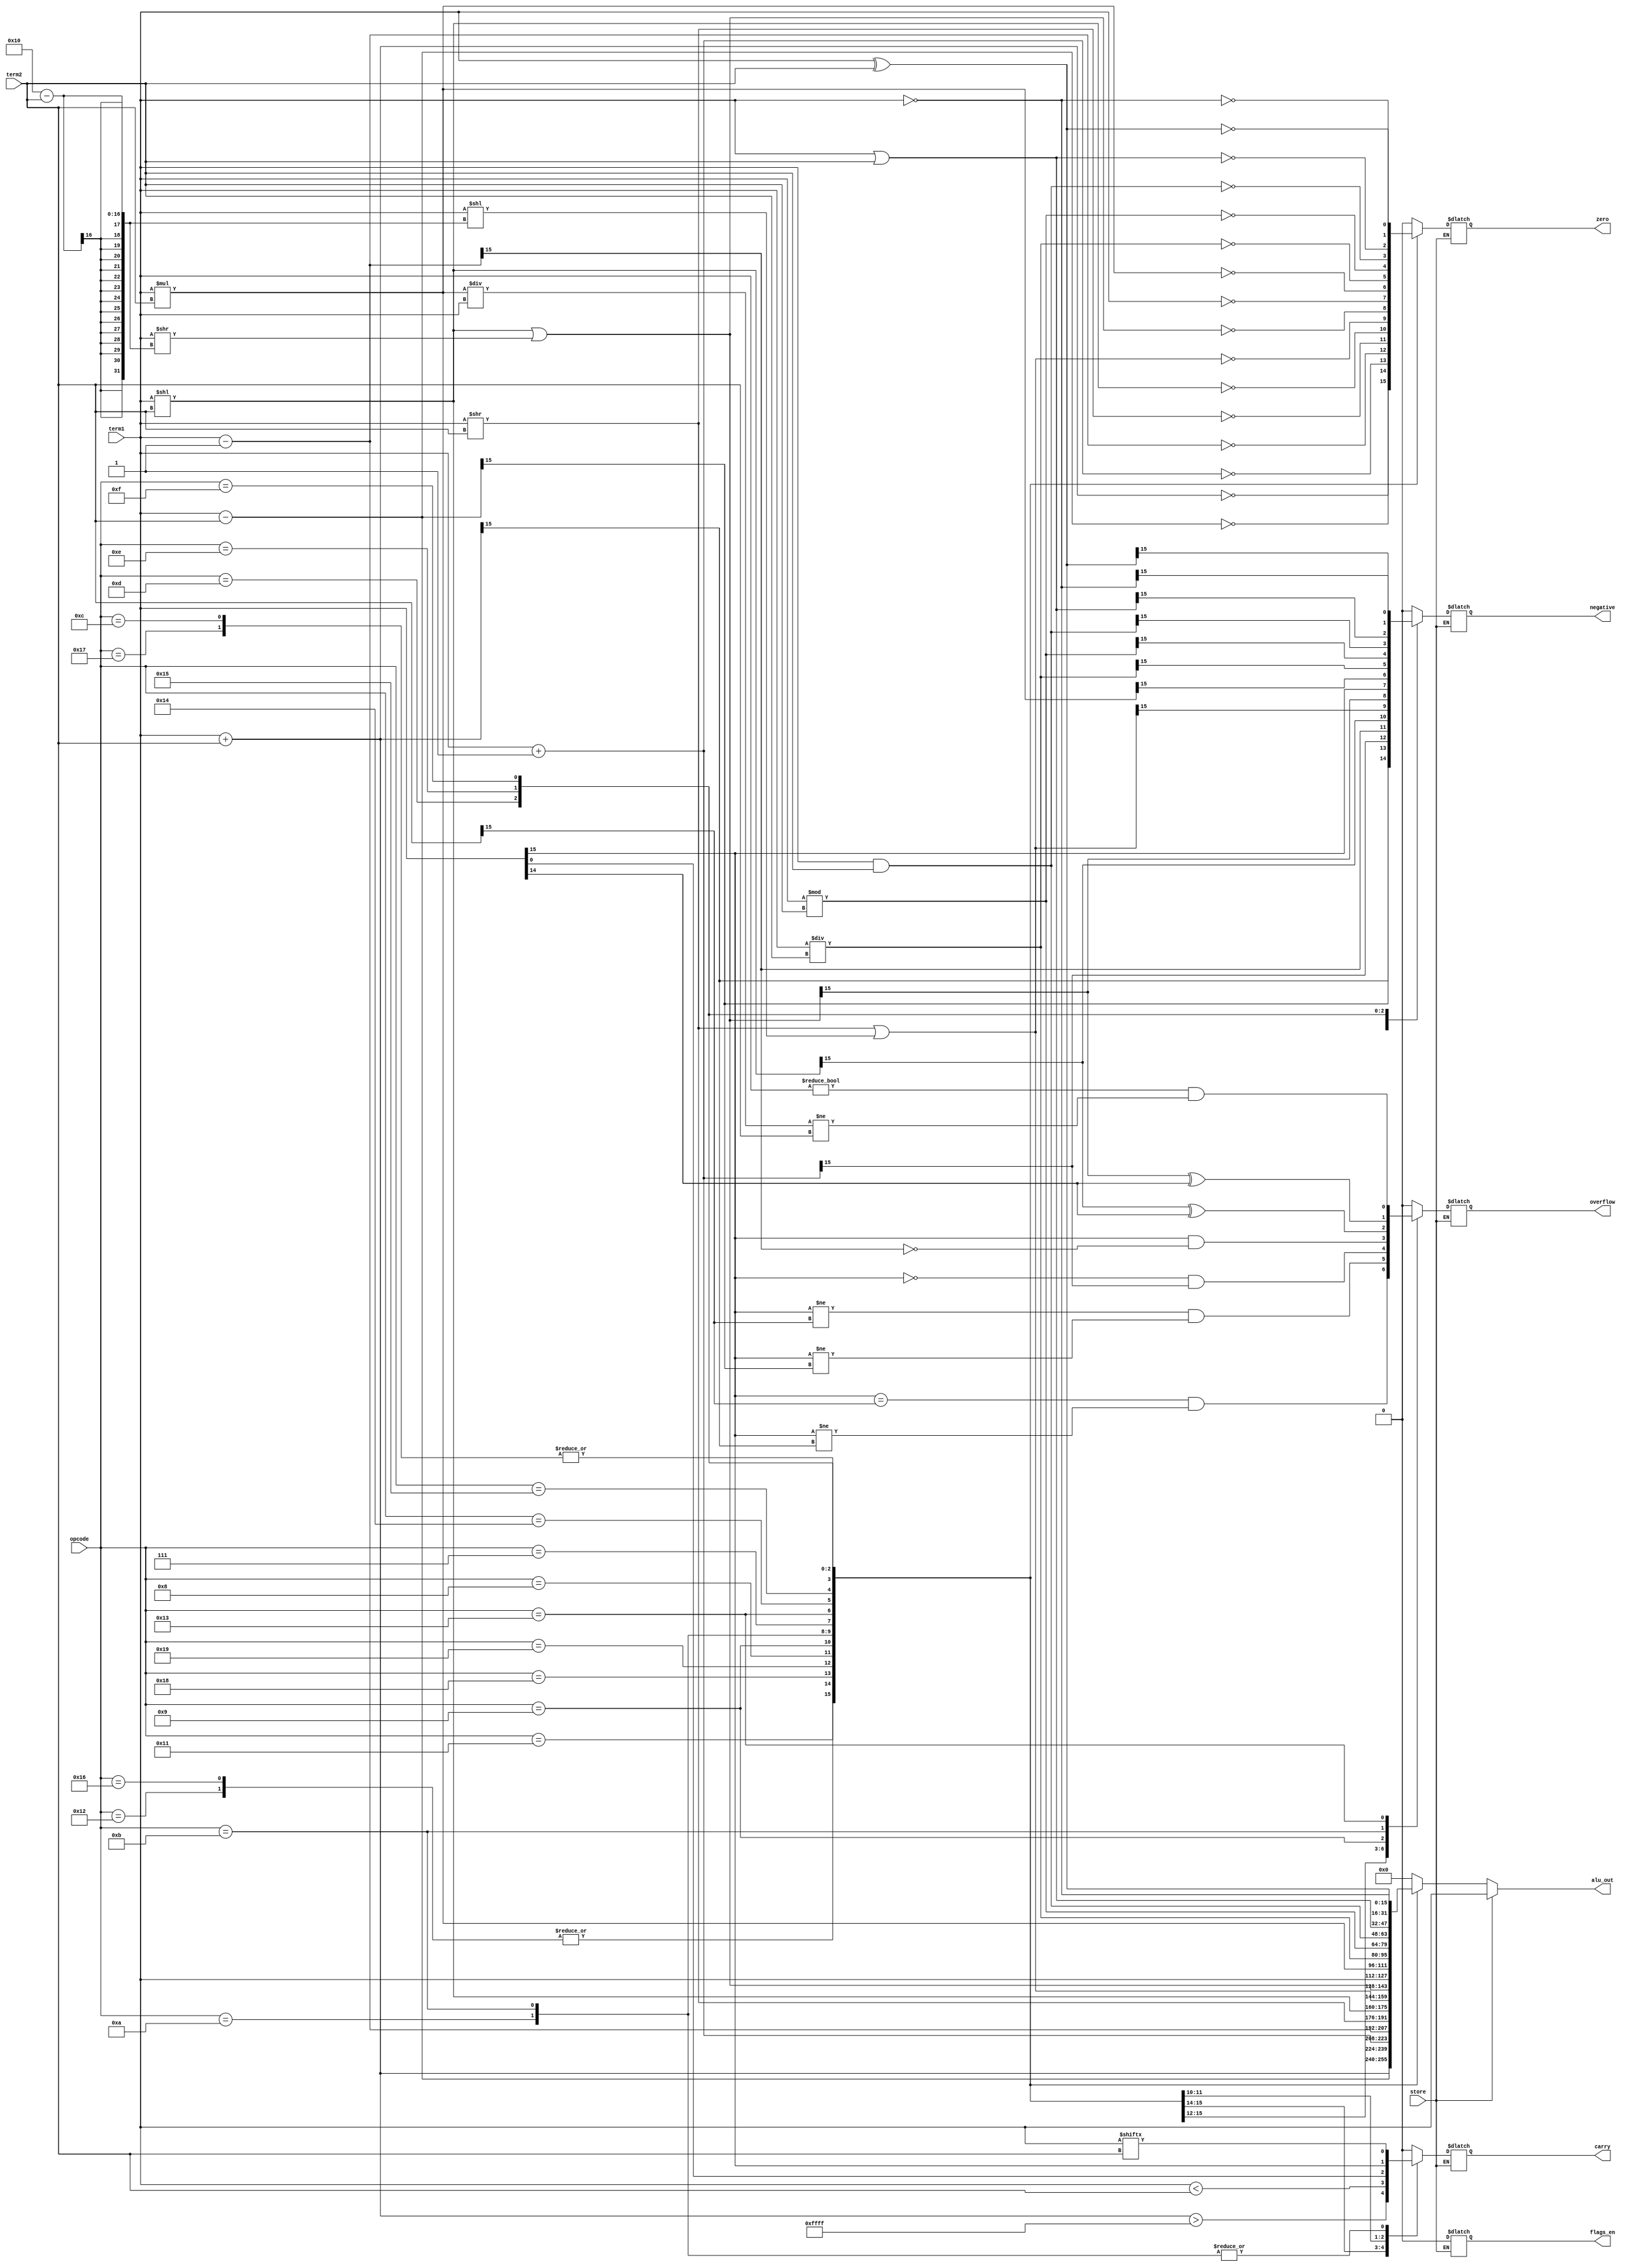
module ALU(
    input store,
    input [15:0] term1, term2,
    input [5:0] opcode,
    output reg [15:0] alu_out,
    output reg zero, negative, overflow, carry, flags_en
);

always @(*) begin
    if (store) alu_out = term1;
    else begin
        flags_en = 1'b1;
    case (opcode)
        6'b010001: begin // ADD
            alu_out = term1 + term2;
            zero = (alu_out == 0);
            negative = alu_out[15];
            overflow = (term1[15] == term2[15]) && (term1[15] != alu_out[15]);
            carry = (term1 + term2) > 16'hFFFF;
        end
        6'b010010: begin // SUB
            alu_out = term1 - term2;
            zero = (alu_out == 0);
            negative = alu_out[15];
            overflow = (term1[15] != term2[15]) && (term1[15] != alu_out[15]);
            carry = term1 < term2;
        end
        6'b010110: begin // CMP
            alu_out = term1 - term2; // basically SUB but doesn't store result
            zero = (alu_out == 0);
            negative = alu_out[15];
            overflow = (term1[15] != term2[15]) && (term1[15] != alu_out[15]);
            carry = term1 < term2;
        end
        6'b010111: begin // TST
            alu_out = term1 & term2; // tests using bitwise AND
            zero = (alu_out == 0);
            negative = 1'b0;
            overflow = 1'b0;
            carry = 1'b0;
        end
        6'b011000: begin // INC
            alu_out = term1 + 1;
            zero = (alu_out == 0);
            negative = alu_out[15];
            overflow = (term1[15] == 1'b0) && (alu_out[15] == 1'b1);
            carry = 1'b0;
        end
        6'b011001: begin // DEC
            alu_out = term1 - 1;
            zero = (alu_out == 0);
            negative = alu_out[15];
            overflow = (term1[15] == 1'b1) && (alu_out[15] == 1'b0);
            carry = 1'b0;
        end
        6'b001000: begin // LSR
            alu_out = term1 >> term2;
            zero = (alu_out == 0);
            negative = 1'b0;
            overflow = 1'b0;
            carry = term1[0];
        end
        6'b001001: begin // LSL
            alu_out = term1 << term2;
            zero = (alu_out == 0);
            negative = alu_out[15];
            overflow = alu_out[15] ^ term1[14];
            carry = term1[15];
        end
        6'b001010: begin // RSR
            alu_out = term1 >> term2 | term1 << (16-term2);
            zero = (alu_out == 0);
            negative = alu_out[15];
            overflow = 1'b0;
            carry = term1[term2];
        end
        6'b001011: begin // RSL
            alu_out = term1 << term2 | term1 >> (16-term2);
            zero = (alu_out == 0);
            negative = alu_out[15];
            overflow = alu_out[15] ^ term1[14];
            carry = term1[term2];
        end
        6'b000111: begin // MOV
            alu_out = term1;
            zero = (alu_out == 0);
            negative = alu_out[15];
            overflow = 1'b0;
            carry = 1'b0;
        end
        6'b010011: begin // MUL
            alu_out = term1 * term2;
            zero = (alu_out == 0);
            negative = alu_out[15];
            overflow = term1!=0 && alu_out/term1 != term2;
            carry = 1'b0;
        end
        6'b010100: begin // DIV
            alu_out = term1 / term2;
            zero = (alu_out == 0);
            negative = alu_out[15];
            overflow = 1'b0;
            carry = 1'b0;
        end
        6'b010101: begin // MOD
            alu_out = term1 % term2;
            zero = (alu_out == 0);
            negative = alu_out[15];
            overflow = 1'b0;
            carry = 1'b0;
        end
        6'b001100: begin // AND
            alu_out = term1 & term2;
            zero = (alu_out == 0);
            negative = alu_out[15];
            overflow = 1'b0;
            carry = 1'b0;
        end
        6'b001101: begin // OR
            alu_out = term1 | term2;
            zero = (alu_out == 0);
            negative = alu_out[15];
            overflow = 1'b0;
            carry = 1'b0;
        end
        6'b001110: begin // XOR
            alu_out = term1 ^ term2;
            zero = (alu_out == 0);
            negative = alu_out[15];
            overflow = 1'b0;
            carry = 1'b0;
        end
        6'b001111: begin // NOT
            alu_out = ~term1;
            zero = (alu_out == 0);
            negative = alu_out[15];
            overflow = 1'b0;
            carry = 1'b0;
        end

        default: begin
            alu_out = 16'b0;
            zero = 1'b0;
            negative = 1'b0;
            overflow = 1'b0;
            carry = 1'b0;
        end  
    endcase
    flags_en = 1'b0;
    end
end

endmodule